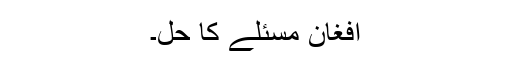
افغان مسئلے کا حل۔